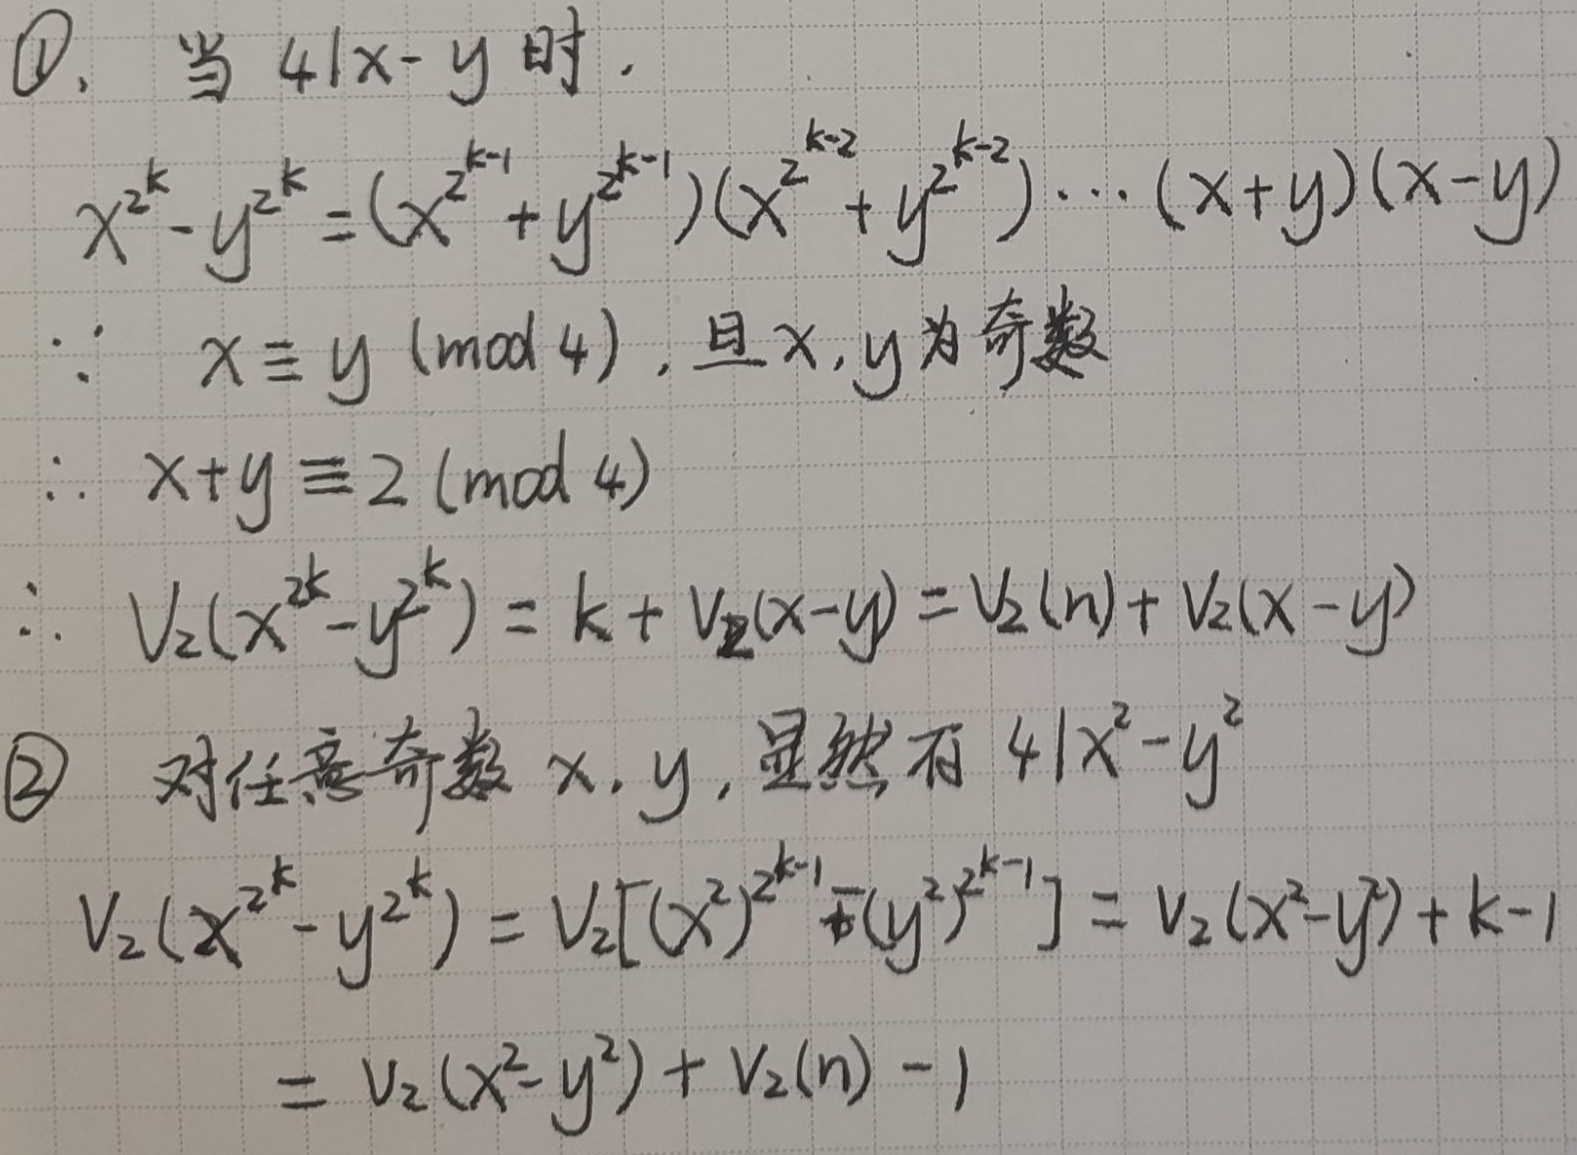
\textcircled{1}. 当\(4\mid x - y\)时，
\(x^{2^{k}}-y^{2^{k}}=(x^{2^{k - 1}}+y^{2^{k - 1}})(x^{2^{k - 2}}+y^{2^{k - 2}})\cdots(x + y)(x - y)\)。
\(\because x\equiv y\pmod{4}\)，且\(x,y\)为奇数，
\(\therefore x + y\equiv2\pmod{4}\)。
\(\therefore V_2(x^{2^{k}}-y^{2^{k}})=k + V_2(x - y)=V_2(n)+V_2(x - y)\)。

\textcircled{2} 对任意奇数\(x,y\)，显然有\(4\mid x^{2}-y^{2}\)。
\(V_2(x^{2^{k}}-y^{2^{k}})=V_2[(x^{2})^{2^{k - 1}}-(y^{2})^{2^{k - 1}}]=V_2(x^{2}-y^{2})+k - 1\)
\(=V_2(x^{2}-y^{2})+V_2(n)-1\)。